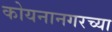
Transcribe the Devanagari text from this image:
कोयनानगरच्या